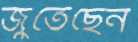
জুতেছেন